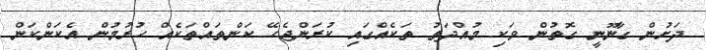
ދަށުން ގާނޫނީ ގޮތުން ވަކި މުއްދަތު ތަކެއްގައި ކުރަންޖެހޭ ކަންތައްތަކެއް ހުރުމުން އެކަންކަން